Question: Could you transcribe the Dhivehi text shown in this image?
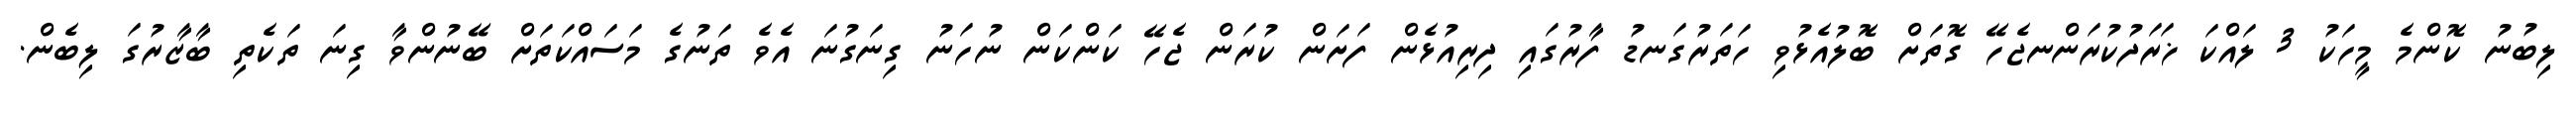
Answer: ލިބުނު ކޮންމެ މީހަކު 3 ލައްކަ ޚަރަދުކުރަންނޖެހޭ ގޮތަށް ބޮލުއެޅުވި ހަތަރުގަނޑު ފާރުގައި ދިރިއުޅެން ފަށަން ކުރަން ޖެހޭ ކަންކަން ނުހަނު ގިނަގުނަ އެވެ ތަނުގެ މަސައްކަތަށް ބޭނުންވާ ގިނަ ތަކެތި ބާޒާރުގަ ލިބެން.